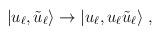
LaTeX: \begin{align*}|u_\ell,\tilde u_\ell\rangle \to |u_\ell, u_\ell \tilde u_\ell\rangle~,\end{align*}